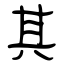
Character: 其